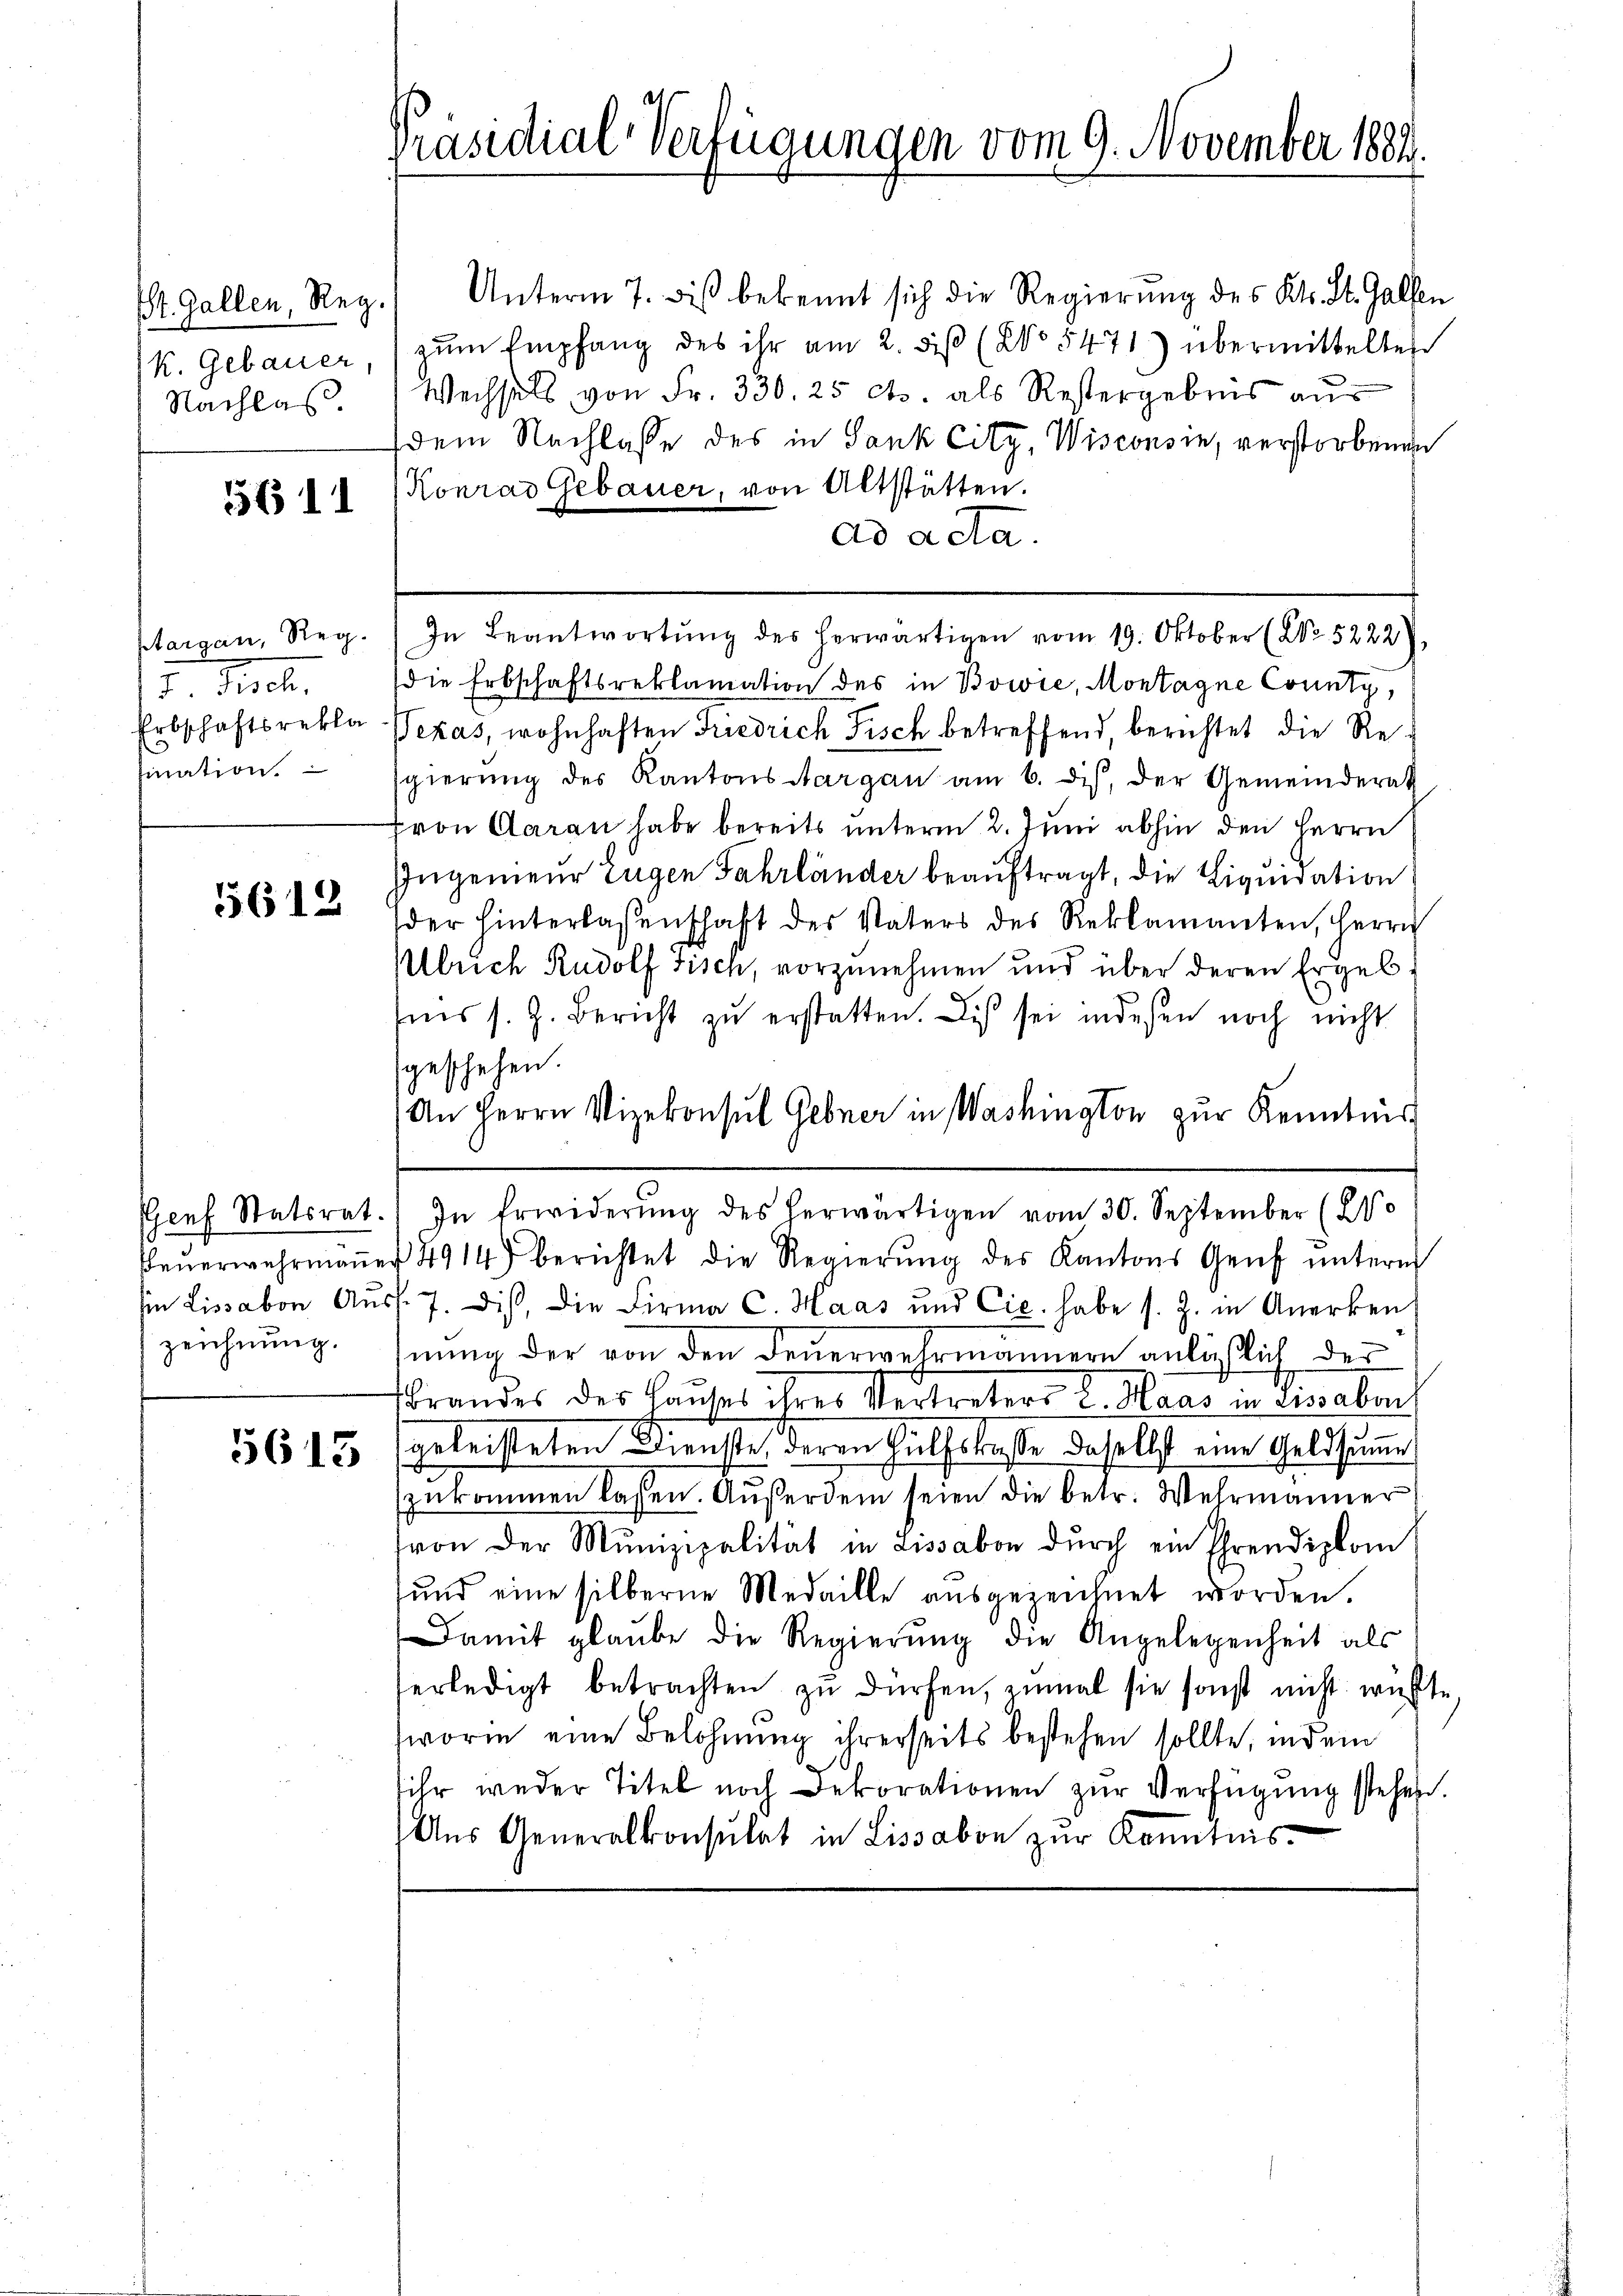
St. Gallen, Reg.
Nachlaß

561

15. Beschr
fination.

15612.

zeichnung.

5613

Unterm 7. diβ bekannt sich die Regierŭng des Kts. St. Gallen
K. Gebauer, zŭm Empfang des ihr am 2. diβ (No 5471) übermittelter
Wechsels von Fr. 330. 25 Cts. als Restergebnis aus
dem Nachlasse des in Sank Citz, Wisconsin, verstorbenen
Konrad Gebauer, von Altstätten.
ad acta.
die Erbschaftsreklamation des in Bowie, Montagne County,
Erbschaftsrekla Wexas, wohnhaften Friedrich Fisch betreffend, berichtet die Re-
sgierŭng des Kantons Aargau am 6. dis, der Gemeinderat
Fron Daran habe bereits unterm 2. Juni abhin den Herrn
Ingenieur Eugen Fahrländer beauftragt, die Liquidation
der hinterlassenschaft des Vaters des Reklamanten, Herrn
Mllrich Rudolf Fisch, vorzunehmen und über deren Ergebsiis s. Z. Bericht zu erstatten. Dis sei indeßen noch nicht
geschehen.
An Herrn Vizekonsul Gebner in Washington zur Kenntnis
Genf Statsrat. In Erwiderŭng des herwärtigen vom 30. September (210
Feŭerwehrmaṅer 4914) berichtet die Regierŭng des Kantons Genf ŭnterm
in Lissabon Ausf. 7. Dis, die Firma C. Haas und Cic. habe s. Z. in Anerken
hnung der von den Feuerwehrmännern anläßlich der
brandes des Hauses ihres Vertreters l. Maas in Lissabon
geleisteten Dienste, deren Hülfskrasse daselbst eine Geldsumme
zukommen lassen. Außerdem seien die betr. Wehrmänner
von der Munizipalität in Lissabon durch ein Ihrendiplom
und eine silberne Medaille ausgezeichnet worden.
Damit glaube die Regierŭng die Angelegenheit als
erledigt betrachten zŭ dürfen, zumal sie sonst nicht wüßte.
worin eine Belohnung ihrerseits bestehen sollte, indem
ihr weder Titel noch Dekorationen zur Verfügung stehen.
Aus Generalkonsulat in Lissabon zur Kenntnis-

Präsidial-Verfügungen vom 9. November 1884.

ptargau, Reg. In Beantwortŭng des herwärtigen vom 19. Oktober (XV 5222